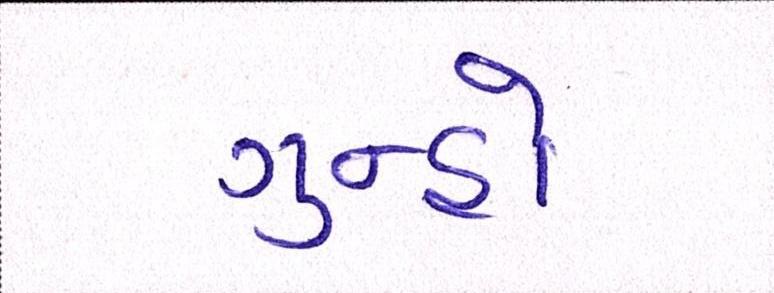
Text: ગુન્હો